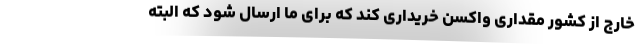
خارج از کشور مقداری واکسن خریداری کند که برای ما ارسال شود که البته